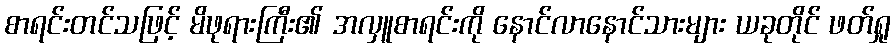
စာရင်းတင်သဖြင့် မိဖုရားကြီး၏ အလှူစာရင်းကို နောင်လာနောင်သားများ ယခုတိုင် ဖတ်ရှု